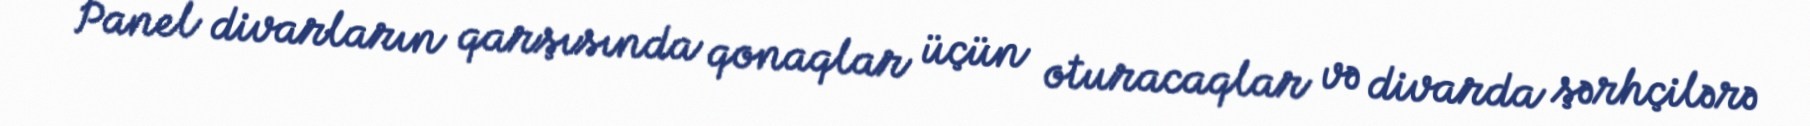
Panel divarların qarşısında qonaqlar üçün oturacaqlar və divarda şərhçilərə